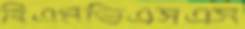
বিএমভিএসএস